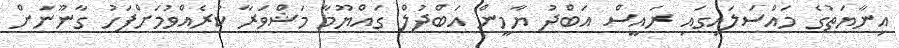
އިނާޔަތުގެ މައްސަލައިގައި ރައީސް އަބްދު ޔާމީން އަބްދުލް ގައްޔޫމާ މަޝްވަރާ ކުރެއްވުމަށްފަހު ގާނޫނަށް